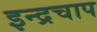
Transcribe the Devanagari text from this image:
इन्द्रचाप